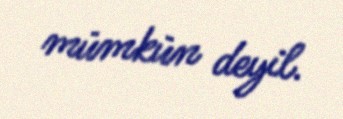
mümkün deyil.